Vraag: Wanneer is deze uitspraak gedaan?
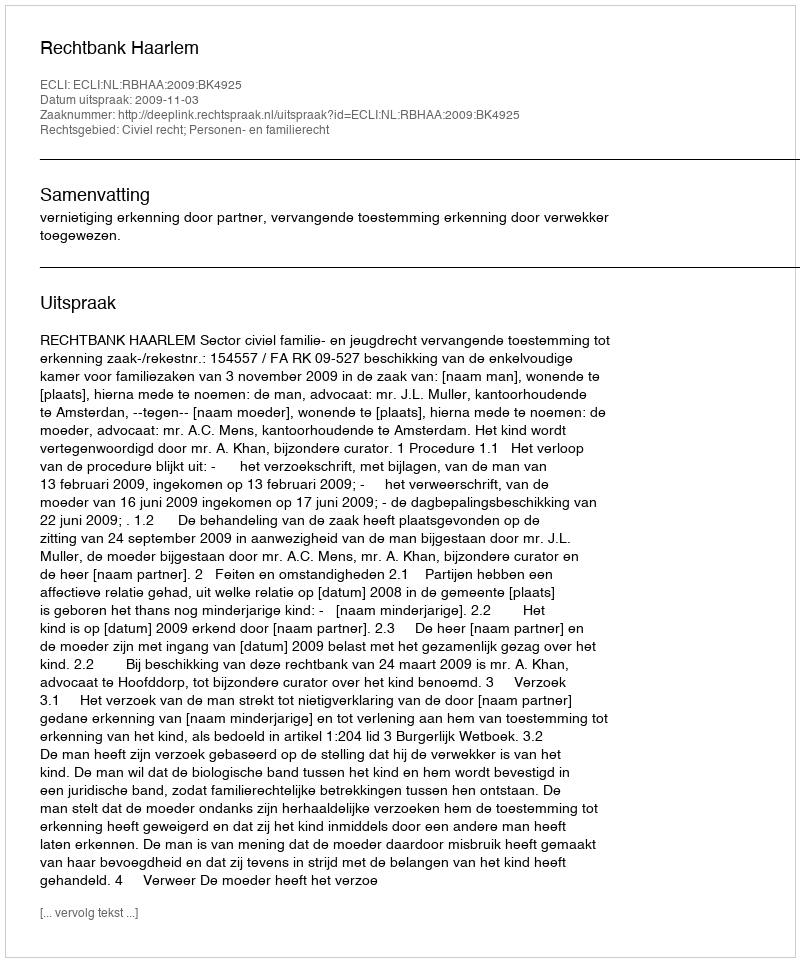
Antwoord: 2009-11-03